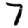
Digit: 7